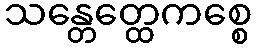
သန္တေတ္ထေကစ္စေ